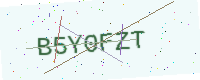
Text: B5Y0FZT